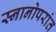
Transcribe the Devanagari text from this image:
स्नानोपरांत